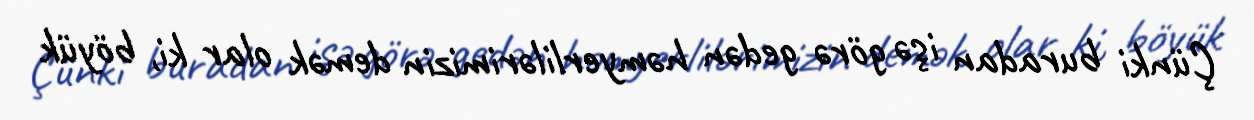
Çünki buradan işə görə gedən həmyerlilərimizin demək olar ki, böyük